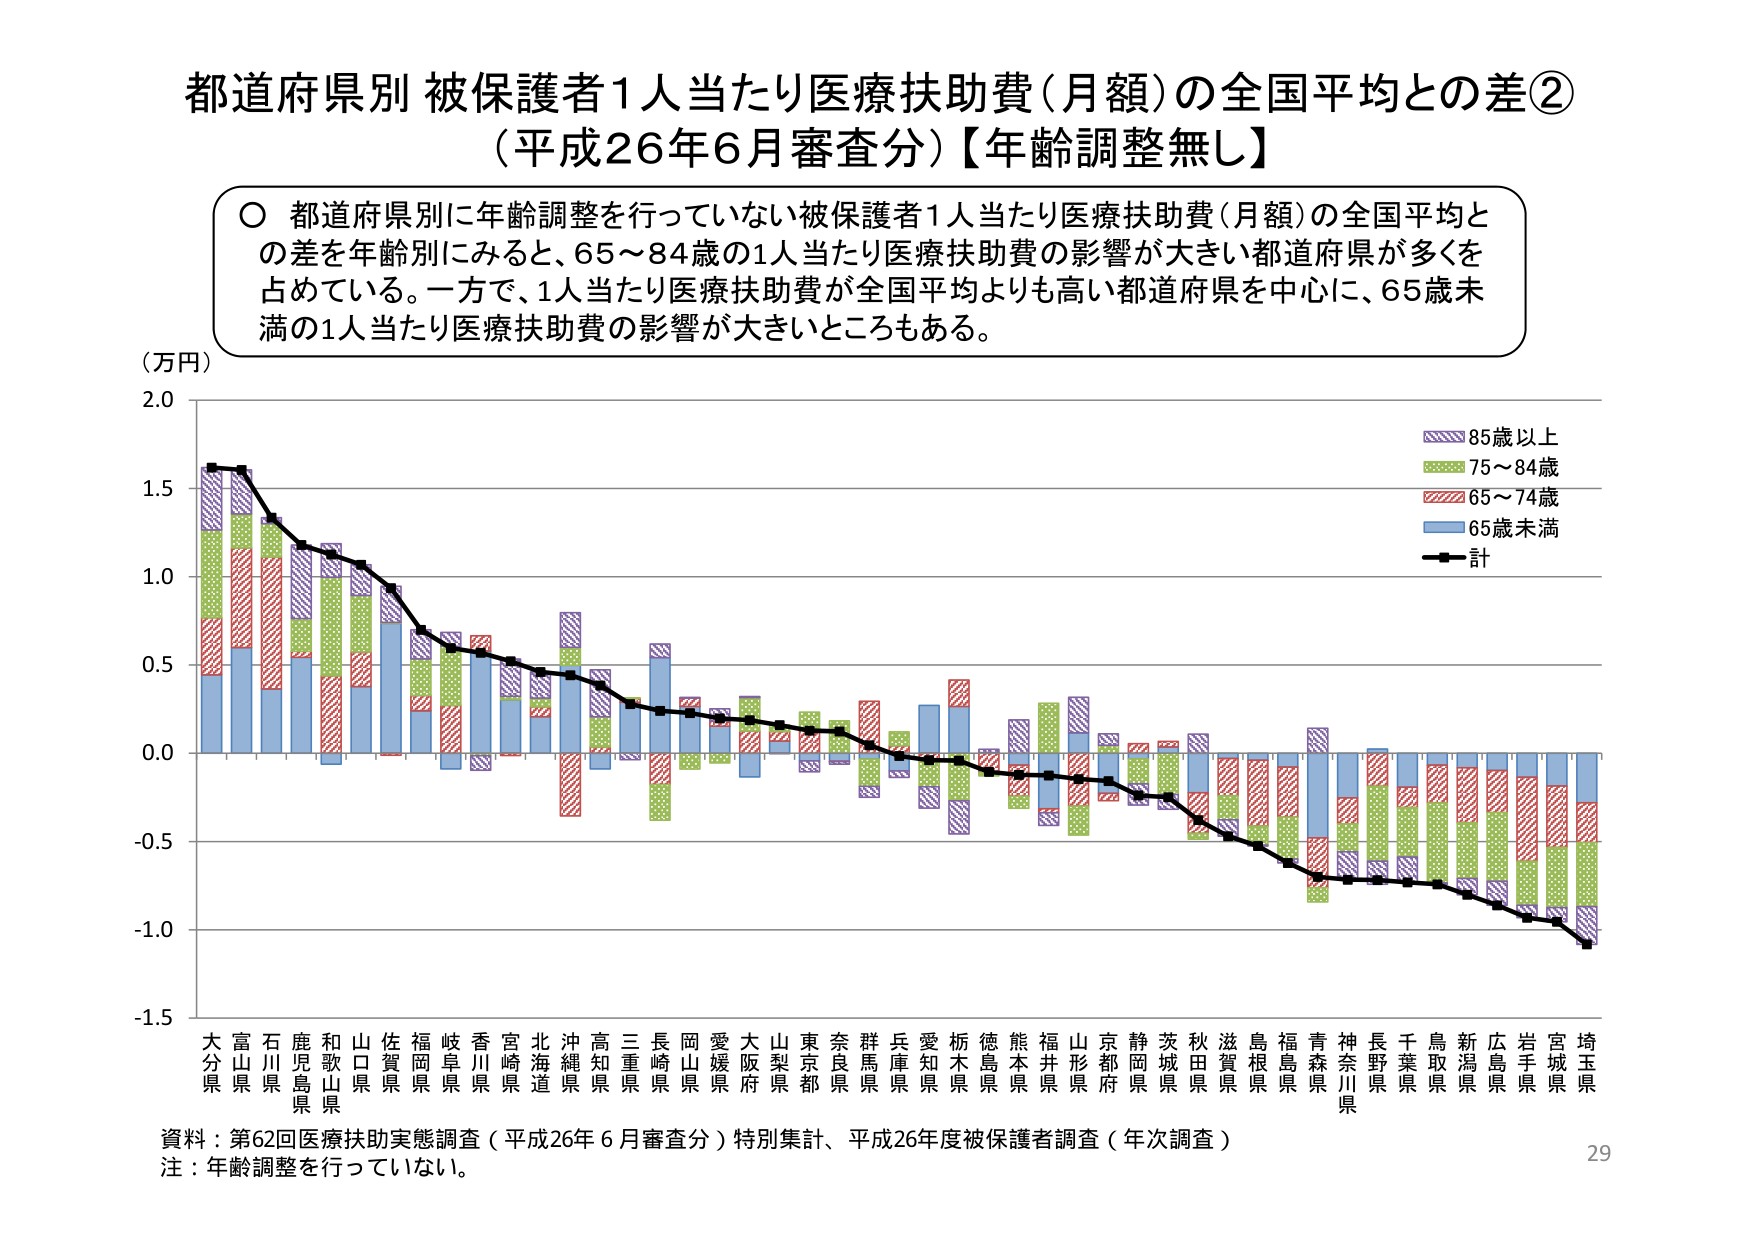
都道府県別 被保護者1人当たり医療扶助費（月額）の全国平均との差②
（平成26年6月審査分）【年齢調整無し】

○ 都道府県別に年齢調整を行っていない被保護者1人当たり医療扶助費（月額）の全国平均との差を年齢別にみると、65～84歳の1人当たり医療扶助費の影響が大きい都道府県が多くを占めている。一方で、1人当たり医療扶助費が全国平均よりも高い都道府県を中心に、65歳未満の1人当たり医療扶助費の影響が大きいところもある。

（万円）
2.0
1.5
1.0
0.5
0.0
-0.5
-1.0
-1.5

85歳以上
75～84歳
65～74歳
65歳未満
計

大分県 富山県 石川県 鹿児島県 和歌山県 山口県 佐賀県 福岡県 岐阜県 香川県 宮崎県 北海道 沖縄県 高知県 三重県 長崎県 岡山県 愛媛県 大阪府 山梨県 東京都 奈良県 群馬県 兵庫県 愛知県 栃木県 徳島県 熊本県 福井県 山形県 京都府 静岡県 茨城県 秋田県 滋賀県 島根県 福島県 青森県 神奈川県 長野県 千葉県 鳥取県 新潟県 広島県 岩手県 宮城県 埼玉県

資料：第62回医療扶助実態調査（平成26年6月審査分）特別集計、平成26年度被保護者調査（年次調査）
注：年齢調整を行っていない。
29